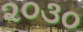
૨૦૩૦